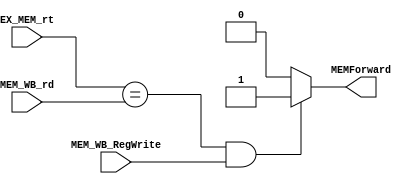
`timescale 1ns / 1ps
//////////////////////////////////////////////////////////////////////////////////
// Company: 
// Engineer: 
// 
// Design Name: 
// Module Name: MEMForwarding
// Project Name: 
// Target Devices: 
// Tool Versions: 
// Description: 
// 
// Dependencies: 
// 
// Revision:
// Revision 0.01 - File Created
// Additional Comments:
// 
//////////////////////////////////////////////////////////////////////////////////


module MEMForwarding(EX_MEM_rt, MEM_WB_rd, MEM_WB_RegWrite, MEMForward);

    input [4:0] EX_MEM_rt, MEM_WB_rd;
    input MEM_WB_RegWrite;
    
    output reg MEMForward;


    initial begin
        MEMForward <= 0;
    end

    always @ (*)    begin
        MEMForward <= 0;
        if (EX_MEM_rt == MEM_WB_rd
            && MEM_WB_RegWrite == 1
            )   begin
             MEMForward <= 1;
        end
    
//        if (EX_MEM_rt == MEM_WB_rd) begin
//            if (MEM_WB_RegWrite)    begin
//                MEMForward <=1;
//            end
//            else    begin
//                MEMForward <= 0;
//            end
//        end
//        else    begin
//            MEMForward <= 0;
//        end
        
        
    end



endmodule